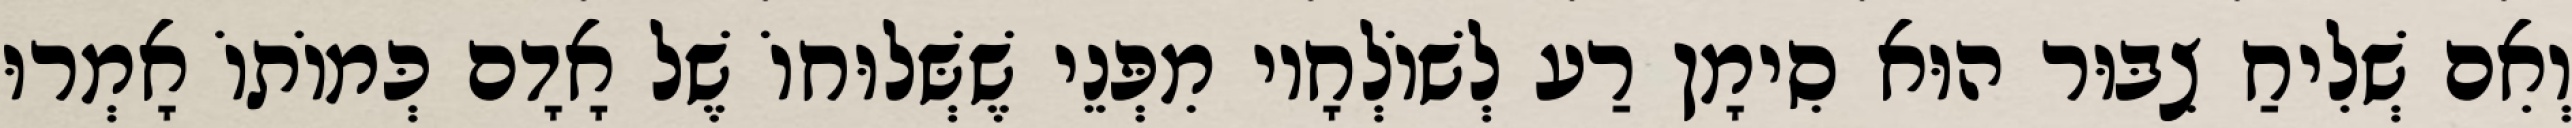
וְאִם שְׁלִיחַ צִבּוּר הוּא סִימָן רַע לְשׁוֹלְחָיו מִפְּנֵי שֶׁשְּׁלוּחוֹ שֶׁל אָדָם כְּמוֹתוֹ אָמְרוּ